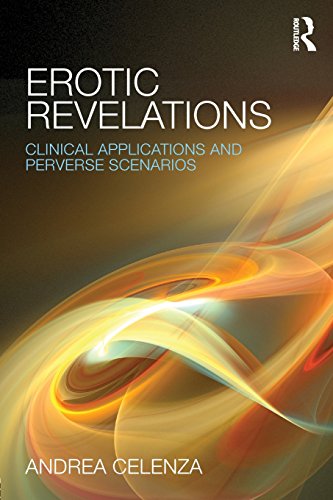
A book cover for Erotic Revelations: Clinical applications and perverse scenarios; Andrea Celenza; Medical Books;